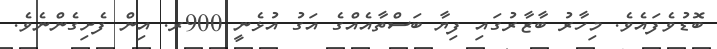
ބޮޑުވެފައެވެ. މިހާރު ބާޒާރުގައި ފިޔާ ބަސްތާއެއްގެ އަގު އުޅެނީ 900ރ. އިން ފެށިގެންނެވެ.